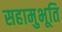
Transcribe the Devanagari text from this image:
सहामुभूति